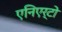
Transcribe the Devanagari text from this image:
एनिएर्टो